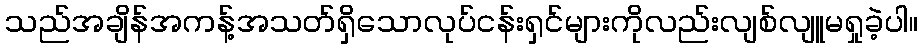
သည်အချိန်အကန့်အသတ်ရှိသောလုပ်ငန်းရှင်များကိုလည်းလျစ်လျူမရှုခဲ့ပါ။